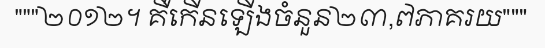
"""២០១២។ គឺកើនឡើងចំនួន២៣,៧ភាគរយ"""